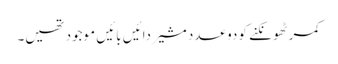
کمر ٹھونکنے کو دو عدد مشیر دائیں بائیں موجود تھیں۔